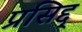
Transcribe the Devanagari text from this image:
प्रसिद्द्